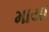
માયા